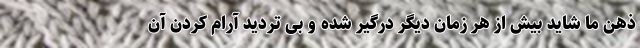
ذهن ما شاید بیش از هر زمان دیگر درگیر شده و بی تردید آرام کردن آن